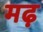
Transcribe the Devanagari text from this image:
मढ़़